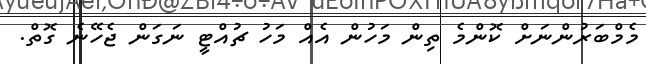
މެމްބަރުންނަށް ކޮންމެ ތިން މަހުން އެއް މަހު ޗުއްޓީ ނަގަން ޖެހޭނެ ގޮތް.